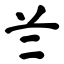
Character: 兰